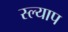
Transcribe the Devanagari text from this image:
स्ल्याप